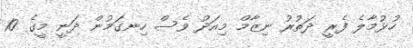
ހުޅުމާލެ ފެރީ ދަތުރު ނިޒާމް މިއަދު ވެސް ހިނގަމުން ދަނީ މީގެ 10